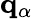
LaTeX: \mathbf{q}_{\alpha}